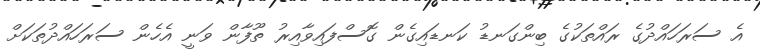
އެ ސަރަހައްދުގެ ރައްތަކުގެ ބިންގަނޑު ކަނޑައިގެން ގޮސްފައިވާއިރު ތޫފާން ވަނީ އެހެން ސަރަހައްދުތަކަށް